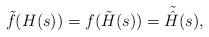
LaTeX: \begin{align*}\tilde{f}(H(s))=f(\tilde{H}(s))=\tilde{\hat{H}}(s),\end{align*}